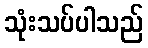
သုံးသပ်ပါသည်